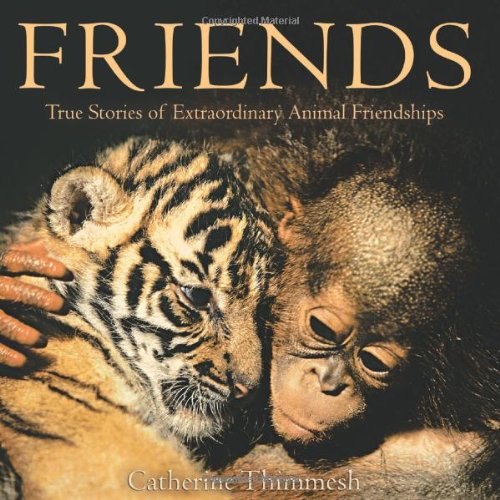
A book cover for Friends: True Stories of Extraordinary Animal Friendships; Catherine Thimmesh; Children's Books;